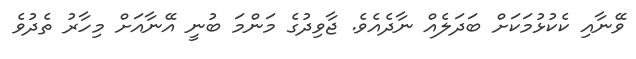
ވޭނާއި ކެކުޅުމަކަށް ބަދަލެއް ނާދެއެވެ. ޖާވިދުގެ މަންމަ ބުނީ އޭނާއަށް މިހާރު ތެދުވެ